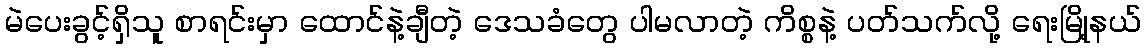
မဲပေးခွင့်ရှိသူ စာရင်းမှာ ထောင်နဲ့ချီတဲ့ ဒေသခံတွေ ပါမလာတဲ့ ကိစ္စနဲ့ ပတ်သက်လို့ ရေးမြို့နယ်